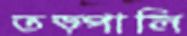
তড়্‌পালি